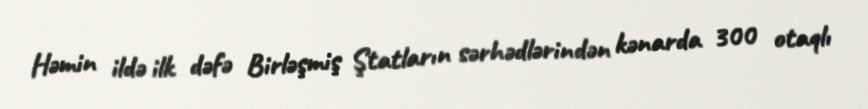
Həmin ildə ilk dəfə Birləşmiş Ştatların sərhədlərindən kənarda 300 otaqlı